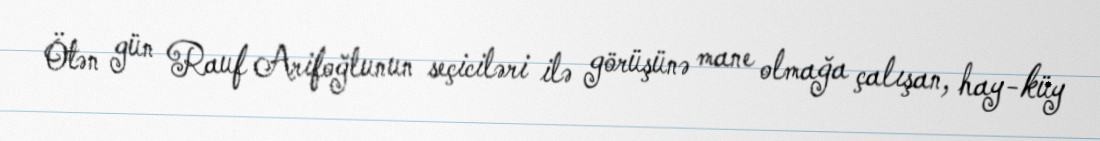
Ötən gün Rauf Arifoğlunun seçiciləri ilə görüşünə mane olmağa çalışan, hay-küy